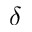
\delta